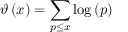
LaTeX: \vartheta \left( x \right) = \sum _ { p \leq x } { \log \left( p \right) }